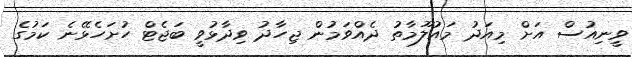
ވީނިއުސް އަށް މިއަދު މައުލޫމާތު ދެއްވަމުން ޖިހާދު ވިދާޅުވީ ބަޖެޓް ހުށަހެޅޭނެ ކަމުގެ